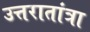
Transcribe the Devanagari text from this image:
उत्तरातांत्रा